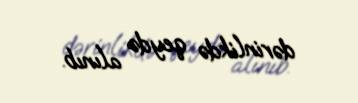
dərinlikdə qeydə alınıb.